Indian journal of veterinary science and animal husbandry - Volumes 18-21, 1948-1951
Year: 1948
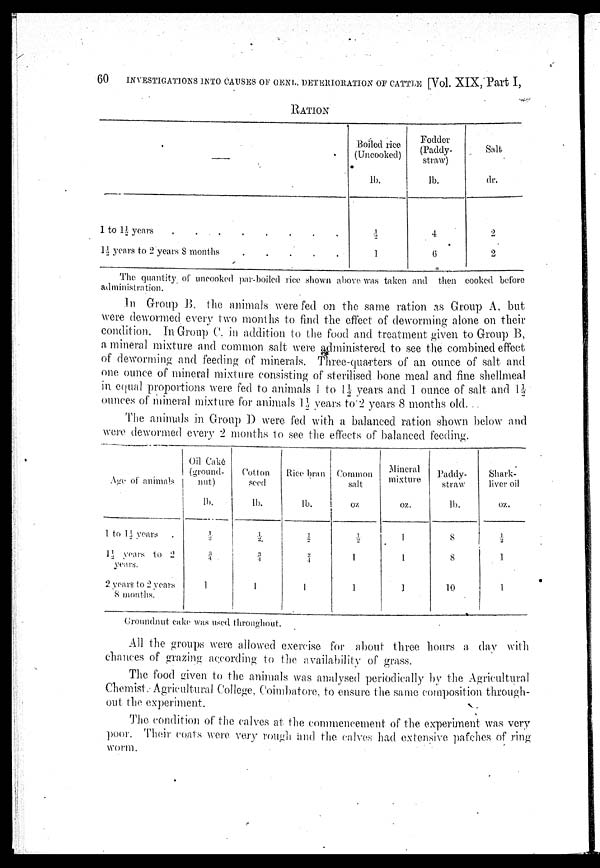
60
INVESTIGATIONS INTO CAUSES OF GENL. DETERIORATION OF CATTLE [Vol. XIX, Part I,
RATION
—
1 to 11 years
1½ years to 2 years S months
.
.
.
.
.
Boiled rice
(Uncooked)
lb.
½
1
Fodder
(paddy-
straw)
lb.
4
6
Salt
dr.
2
2
The quantity of uncooked par-boiled rice shown above was taken and then cooked before
administration.
In Group B. the animals were fed on the same ration as Group A, but
were dewormed every two months to find the effect of deworming alone on their
condition. In Group C. in addition to the food and treatment given to Group B,
a mineral mixture and common salt were administered to see the combined effect
of deworming and feeding of minerals. Three-quarters of an ounce of salt and
one ounce of mineral mixture consisting of sterilised bone meal and fine shellmeal
in equal proportions were fed to animals 1 to 1½ years and 1 ounce of salt and 1½
ounces of mineral mixture for animals 1½ years to 2 years 8 months old.
The animals in Group D were fed with a balanced ration shown below and
were dewormed every 2 months to see the effects of balanced feeding.
Age of animals
1 to 1½ years .
1½ years to 2
years.
2 years to 2 years
8 months.
Oil Cake
(ground-
nut)
lb.
½
¾
1
Cotton
seed
lb.
½
3/4
1
Rice bran
lb.
½
3/4
1
Common
salt
oz
½
1
1
Mineral
mixture
oz.
1
1
1
Paddy-
straw
lb.
8
8
10
Shark-
liver oil
oz.
½
1
1
Groundnut cake was used throughout.
All the groups were allowed exercise for about three hours a day with
chances of grazing according to the availability of grass.
The food given to the animals was analysed periodically by the Agricultural
Chemist. Agricultural College, Coimbatore, to ensure the same composition through-
out the experiment.
The condition of the calves at the commencement of the experiment was very
poor. Their coats were very rough and the calves had extensive patches of ring-
worm.